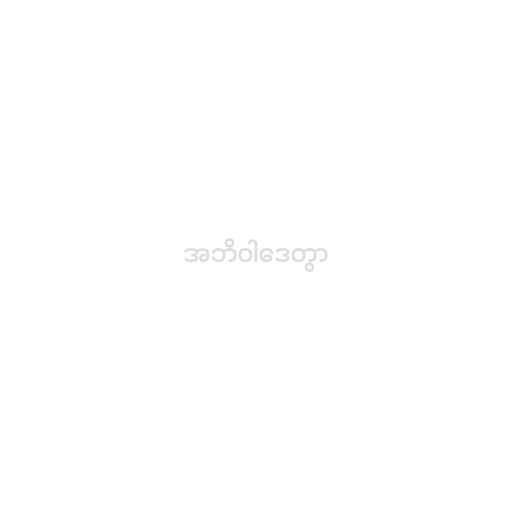
အဘိဝါဒေတွာ